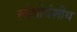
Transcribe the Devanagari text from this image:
लोधीवंशीय